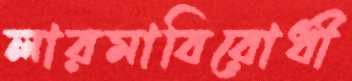
লারমাবিরোধী